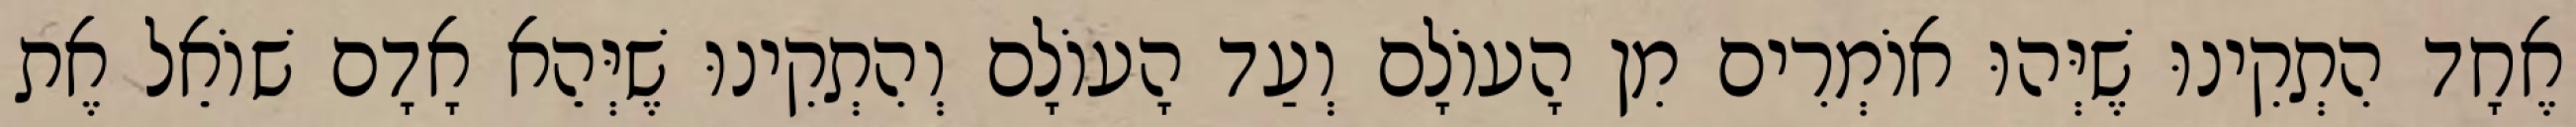
אֶחָד הִתְקִינוּ שֶׁיְּהוּ אוֹמְרִים מִן הָעוֹלָם וְעַד הָעוֹלָם וְהִתְקִינוּ שֶׁיְּהֵא אָדָם שׁוֹאֵל אֶת